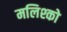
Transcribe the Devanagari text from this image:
मलिश्को